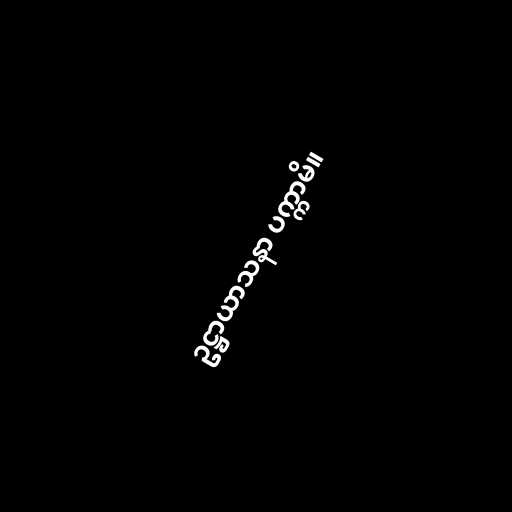
ဥဋ္ဌာယာသနာ ပက္ကာမိ။